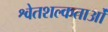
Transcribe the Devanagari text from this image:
श्वेतशल्कताओं